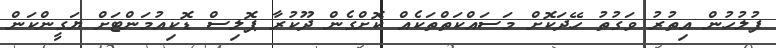
ފުލުހުން އިތުރު ވަގުތު ހޭދަކޮށް މަސައްކަތްތަކެއް ކޮށްގެން ދޫކުރާ ޕޮލިސް ޑޮކިއުމަންޓަށް ޔަގީންކަން